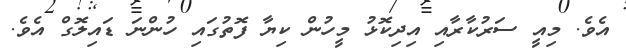
އެވެ. މިއީ ސަރުކާރާއި އިދިކޮޅު މީހުން ކިޔާ ފޮތުގައި ހުންނަ ޑައިލޮގް އެވެ.